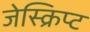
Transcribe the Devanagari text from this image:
जेस्क्रिप्ट